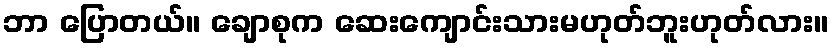
ဘာ ပြောတယ်။ ချောစုက ဆေးကျောင်းသားမဟုတ်ဘူးဟုတ်လား။